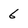
Character: 6